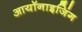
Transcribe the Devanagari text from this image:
आयॉनाइजिंग